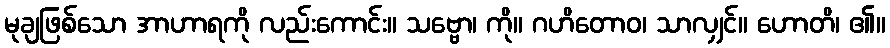
မုချဖြစ်သော အာဟာရကို လည်းကောင်း။ သဗ္ဗော၊ ကို။ ဂဟိတောဝ၊ သာလျှင်။ ဟောတိ၊ ၏။